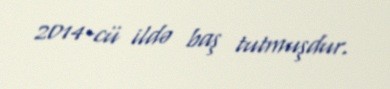
2014-cü ildə baş tutmuşdur.